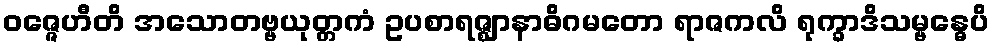
ဝဇ္ဇေဟီတိ အသောတဗ္ဗယုတ္တကံ ဥပစာရဇ္ဈာနာဓိဂမတော ရာဇကလိ ရုက္ခာဒိသမ္ဗန္ဓေပိ